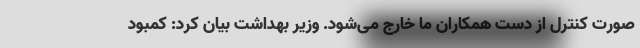
صورت کنترل از دست همکاران ما خارج می‌شود. وزیر بهداشت بیان کرد: کمبود